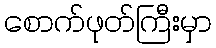
စောက်ဖုတ်ကြီးမှာ